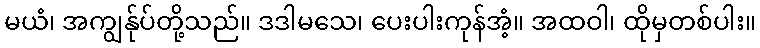
မယံ၊ အကျွန်ုပ်တို့သည်။ ဒဒါမသေ၊ ပေးပါးကုန်အံ့။ အထဝါ၊ ထိုမှတစ်ပါး။